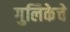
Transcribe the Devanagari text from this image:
गुलिकेचे